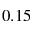
0 . 1 5